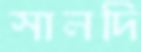
সালদি